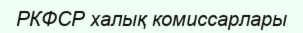
РКФСР халық комиссарлары